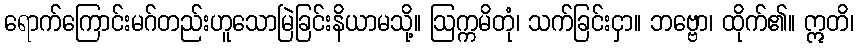
ရောက်ကြောင်းမဂ်တည်းဟူသောမြဲခြင်းနိယာမသို့။ ဩက္ကမိတုံ၊ သက်ခြင်းငှာ။ ဘဗ္ဗော၊ ထိုက်၏။ ဣတိ၊